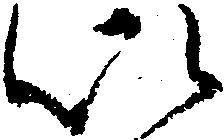
以